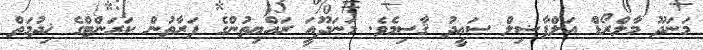
މަނަދޫ މާލްރޯޑް އަލްފާޟިލް ސަޢީދު ޤާސިމެވެ. މަނަދޫއަީ ރައްޔިތުންގެ ފަރާތުން ކަރަންޓްގެ ޚިދުމަތް